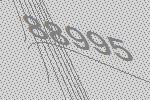
88995